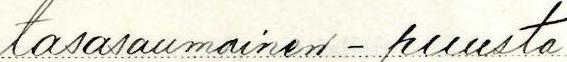
tasasaumainen - puusta